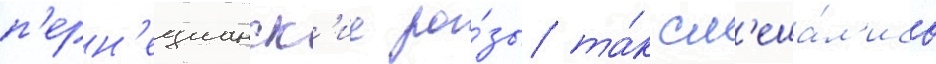
п'ерн'ецианск'ие ро́зы та́к см'еша́л'ись